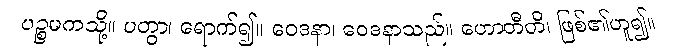
ပဉ္စမကသို့။ ပတွာ၊ ရောက်၍။ ဝေဒနာ၊ ဝေဒနာသည်။ ဟောတီတိ၊ ဖြစ်၏ဟူ၍။